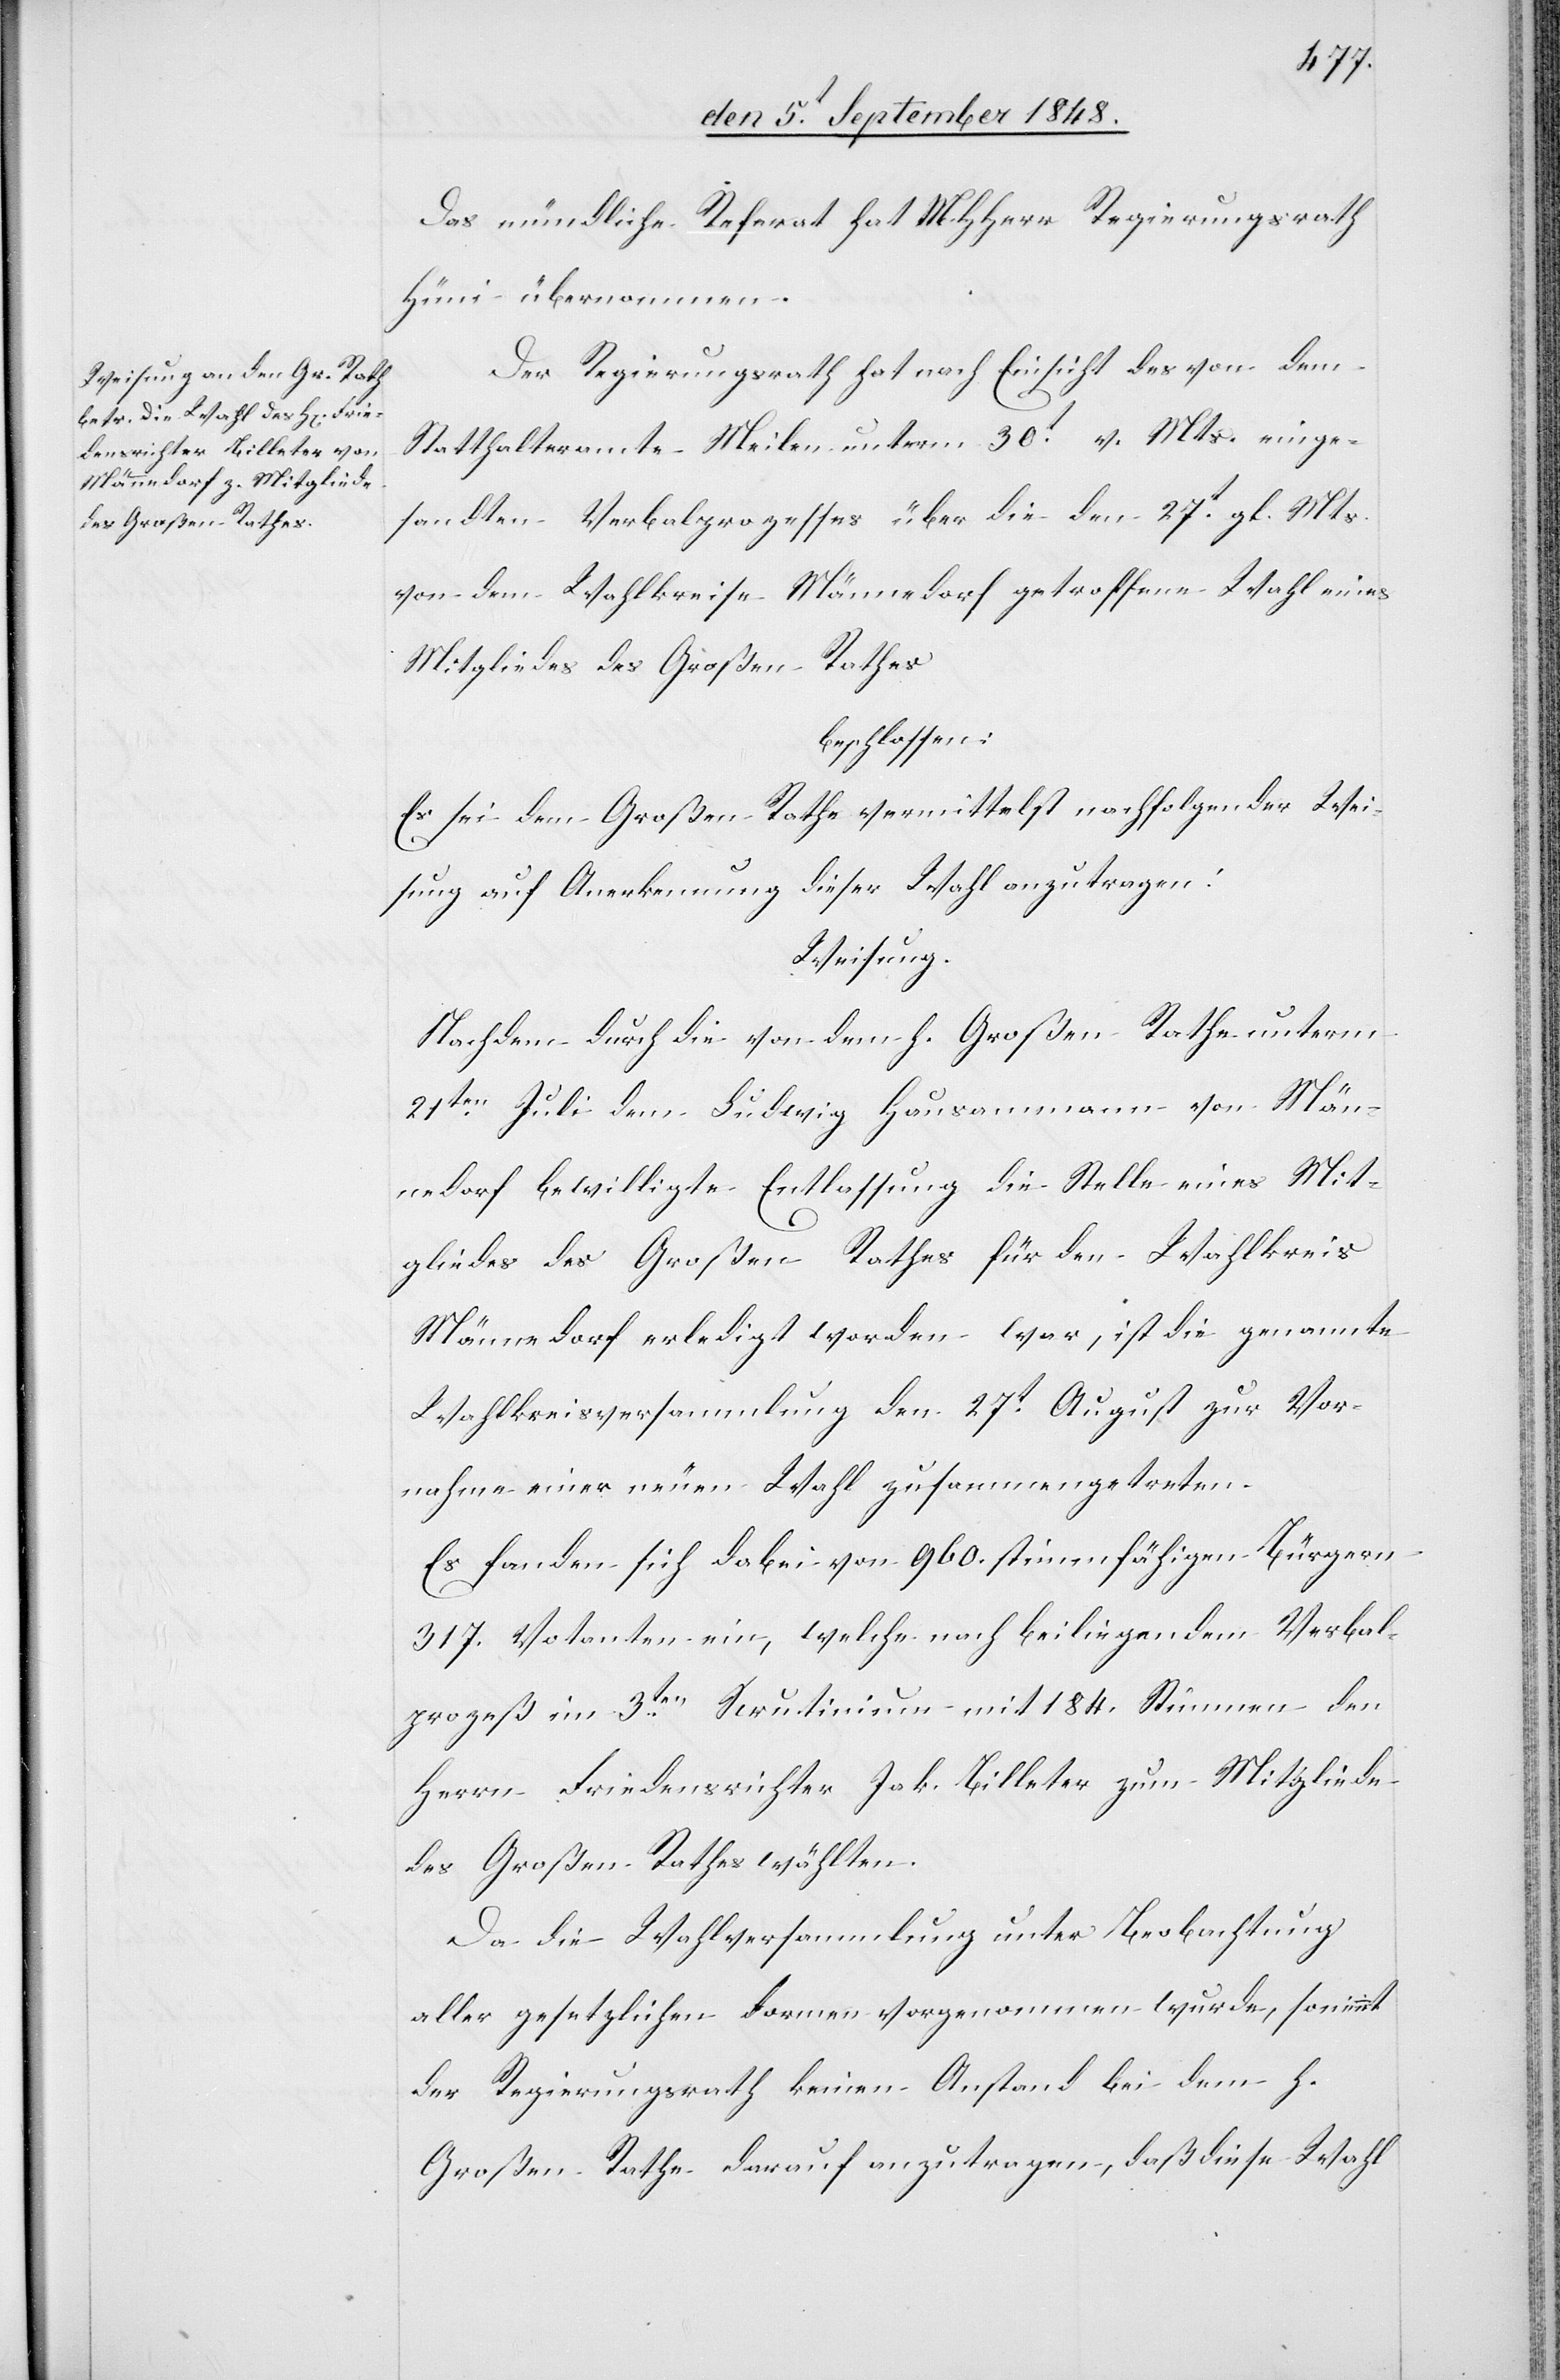
Das mündliche Referat hat MHHerr Regierungsrath
Hüni übernommen.
Der Regierungsrath hat nach Einsicht des von dem
Statthalteramte Meilen unterm 30t v. Mts. einge¬
sandten Verbalprozesses über die den 27t gl. Mts.
von dem Wahlkreise Männedorf getroffene Wahl eines
Mitgliedes des Großen Rathes
beschlossen:
Es sei dem Großen Rathe vermittelst nachfolgender Wei¬
sung auf Anerkennung dieser Wahl anzutragen.
Weisung:
Nachdem durch die von dem h. Großen Rathe unterm
21ten Juli dem Ludwig Hausammann von Män¬
nedorf bewilligte Entlassung die Stelle eines Mit¬
gliedes des Großen Rathes für den Wahlkreis
Männedorf erledigt worden war, ist die genannte
Wahlkreisversammlung den 27t August zur Vor¬
nahmen einer neuen Wahl zusammengetreten.
Es fanden sich dabei von 960. stimmfähigen Bürgern
317. Votanten ein, welche nach beiliegendem Verbal¬
prozeß im 3ten Skrutinium mit 184. Stimmen den
Herrn Friedensrichter Jak. Billeter zum Mitgliede
des Großen Rathes wählten.
Da die Wahlversammlung unter Beobachtung
aller gesetzlichen Formen vorgenommen wurde, so nimmt
der Regierungsrath keinen Anstand bei dem h.
Großen Rathe darauf anzutragen, daß diese Wahl